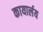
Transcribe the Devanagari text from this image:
कायार्लय